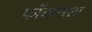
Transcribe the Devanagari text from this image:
फॉकनरला